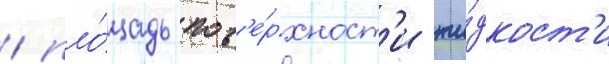
/ пло́щадь пов'е́рхност'и жи́дкост'и